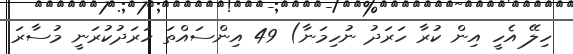
ހިލޭ އެހީ އިން ކުރާ ހަރަދު ނުހިމަނާ) 49 އިންސައްތަ ހަރަދުކުރަނީ މުސާރަ